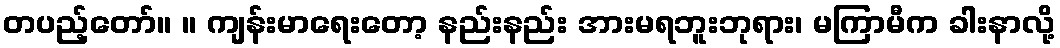
တပည့်တော်။ ။ ကျန်းမာရေးတော့ နည်းနည်း အားမရဘူးဘုရား၊ မကြာမီက ခါးနာလို့